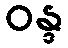
ဝန္ဒ